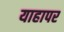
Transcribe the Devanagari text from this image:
याहापर